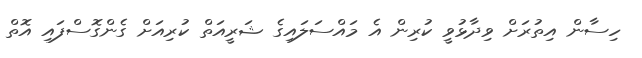
ހިސާން އިތުރަށް ވިދާޅުވީ ކުރިން އެ މައްސަލައިގެ ޝަރީއަތް ކުރިއަށް ގެންގޮސްފައި އޮތް